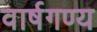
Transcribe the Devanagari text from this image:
वार्षगण्य